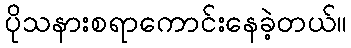
ပိုသနားစရာကောင်းနေခဲ့တယ်။